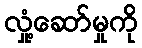
လှုံ့ဆော်မှုကို